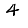
Digit: 4